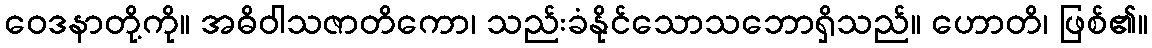
ဝေဒနာတို့ကို။ အဓိဝါသဇာတိကော၊ သည်းခံနိုင်သောသဘောရှိသည်။ ဟောတိ၊ ဖြစ်၏။